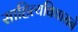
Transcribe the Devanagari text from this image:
साहित्यविचाराने